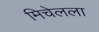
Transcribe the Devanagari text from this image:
मिचेलला